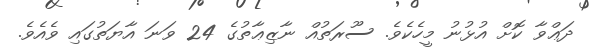
ދަޢްވާ ކޮށް އުޅުނު މީހެކެވެ. ސޫރަތުއް ނާޒިޢާތުގެ 24 ވަނަ އާޔަތުގައި ވެއެވެ.